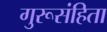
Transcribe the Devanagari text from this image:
गुरूसंहिता